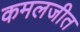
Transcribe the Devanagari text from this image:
कमलजीत